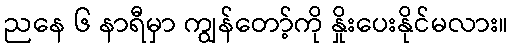
ညနေ ၆ နာရီမှာ ကျွန်တော့်ကို နှိုးပေးနိုင်မလား။